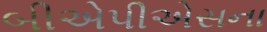
બીએપીએસના